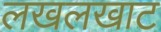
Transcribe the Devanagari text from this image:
लखलखाट